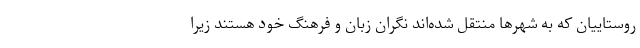
روستاییان که به شهرها منتقل شده‌اند نگران زبان و فرهنگ خود هستند زیرا